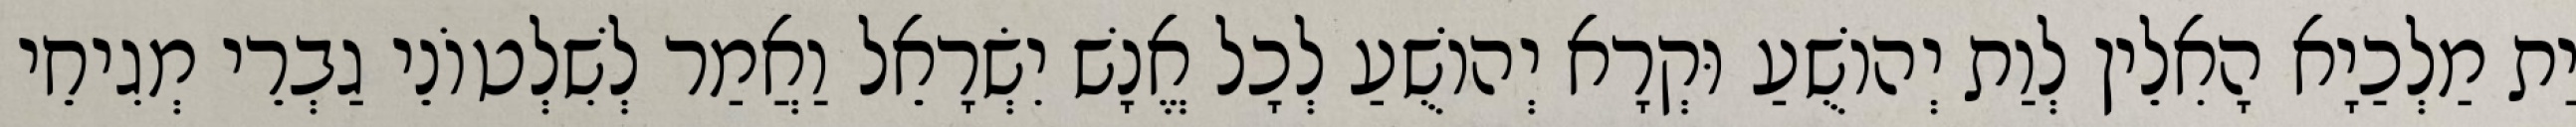
יַת מַלְכַיָא הָאִלֵין לְוַת יְהוֹשֻׁעַ וּקְרָא יְהוֹשֻׁעַ לְכָל אֱנָשׁ יִשְׂרָאֵל וַאֲמַר לְשִׁלְטוֹנֵי גַבְרֵי מְגִיחֵי